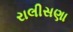
રાલીસણા